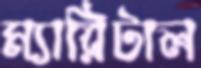
ম্যারিটাল